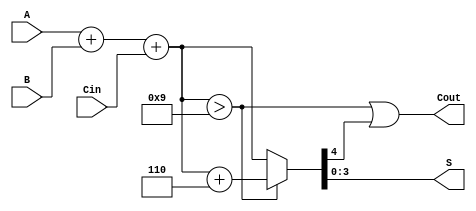
module BCD_Ripple_Carry_Adder (
    input  [3:0] A,      // BCD input A
    input  [3:0] B,      // BCD input B
    input        Cin,     // Carry input
    output [3:0] S,      // BCD sum output
    output       Cout     // Carry output
);

wire [4:0] sum;         // 5 bits to handle carry out
wire [4:0] corrected_sum; // For BCD correction

// Full adder for each bit
wire [3:0] carry;       // Intermediate carry signals
assign sum = A + B + Cin; // Sum of A, B and Cin

// BCD correction logic
assign corrected_sum = (sum > 9) ? (sum + 5'd6) : sum; // Add 6 if sum > 9
assign S = corrected_sum[3:0]; // Take the lower 4 bits as the result
assign Cout = (sum > 9) || corrected_sum[4]; // Set Cout if sum > 9 or there was a carry

endmodule